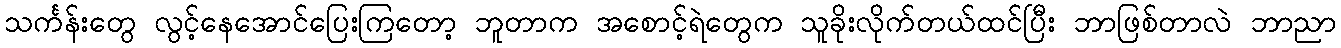
သင်္ကန်းတွေ လွင့်နေအောင်ပြေးကြတော့ ဘူတာက အစောင့်ရဲတွေက သူခိုးလိုက်တယ်ထင်ပြီး ဘာဖြစ်တာလဲ ဘာညာ